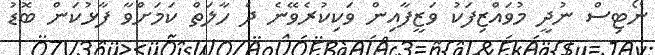
ނޯޓިސް ނުދީ މުވައްޒިފަކު ވަޒީފާއިން ވަކިކުރެވޭނެ ދެ ހާލަތް ކަމަށްވާ ފާޅުކަން ބޮޑު